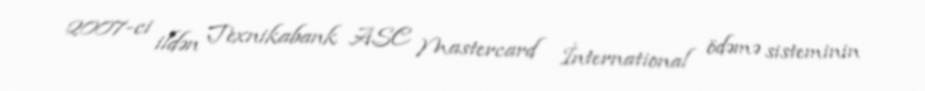
2007-ci ildən Texnikabank ASC Mastercard İnternational ödəmə sisteminin